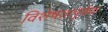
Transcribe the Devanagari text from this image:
विशेषतापूर्वक